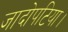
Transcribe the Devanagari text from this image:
जादोपटिया।